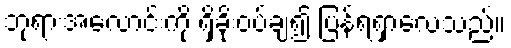
ဘုရားအလောင်းကို ရှိခိုးဝပ်ချ၍ ပြန်ရရှာလေသည်။